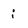
Character: i